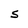
Character: S